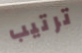
ترتيب